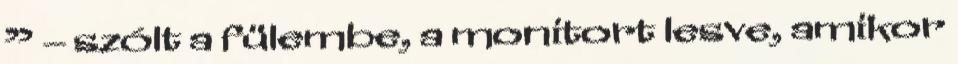
” – szólt a fülembe, a monitort lesve, amikor